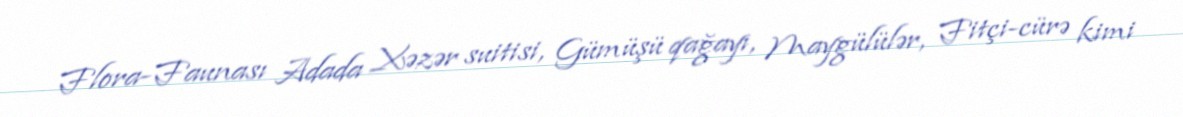
Flora-Faunası Adada Xəzər suitisi, Gümüşü qağayı, Maygülülər, Fitçi-cürə kimi